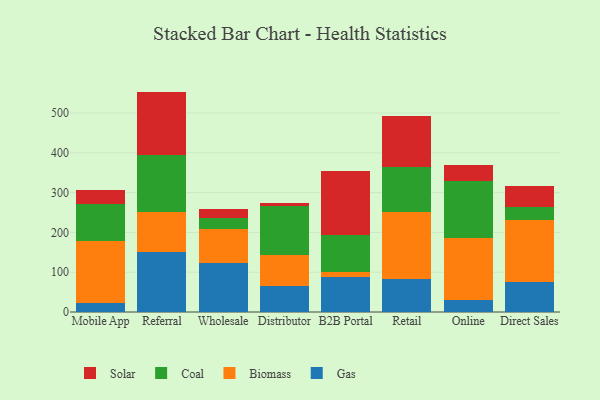
{"axis": {"x": "Channel", "y": "Website Visitors"}, "legend": ["Biomass", "Coal", "Gas", "Solar"], "data": [{"x": "Mobile App", "y": 23.7, "type": "Gas"}, {"x": "Mobile App", "y": 154.3, "type": "Biomass"}, {"x": "Mobile App", "y": 94.3, "type": "Coal"}, {"x": "Mobile App", "y": 35.3, "type": "Solar"}, {"x": "Referral", "y": 149.7, "type": "Gas"}, {"x": "Referral", "y": 102.4, "type": "Biomass"}, {"x": "Referral", "y": 143.6, "type": "Coal"}, {"x": "Referral", "y": 158.2, "type": "Solar"}, {"x": "Wholesale", "y": 124.1, "type": "Gas"}, {"x": "Wholesale", "y": 85.7, "type": "Biomass"}, {"x": "Wholesale", "y": 27.6, "type": "Coal"}, {"x": "Wholesale", "y": 20.4, "type": "Solar"}, {"x": "Distributor", "y": 66.6, "type": "Gas"}, {"x": "Distributor", "y": 77.5, "type": "Biomass"}, {"x": "Distributor", "y": 121.4, "type": "Coal"}, {"x": "Distributor", "y": 9.3, "type": "Solar"}, {"x": "B2B Portal", "y": 88.6, "type": "Gas"}, {"x": "B2B Portal", "y": 12.3, "type": "Biomass"}, {"x": "B2B Portal", "y": 93.2, "type": "Coal"}, {"x": "B2B Portal", "y": 161.2, "type": "Solar"}, {"x": "Retail", "y": 83.3, "type": "Gas"}, {"x": "Retail", "y": 168.5, "type": "Biomass"}, {"x": "Retail", "y": 112.1, "type": "Coal"}, {"x": "Retail", "y": 129.2, "type": "Solar"}, {"x": "Online", "y": 30.6, "type": "Gas"}, {"x": "Online", "y": 155.1, "type": "Biomass"}, {"x": "Online", "y": 143.5, "type": "Coal"}, {"x": "Online", "y": 39.7, "type": "Solar"}, {"x": "Direct Sales", "y": 76.0, "type": "Gas"}, {"x": "Direct Sales", "y": 156.4, "type": "Biomass"}, {"x": "Direct Sales", "y": 31.7, "type": "Coal"}, {"x": "Direct Sales", "y": 53.6, "type": "Solar"}]}